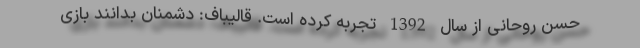
حسن روحانی از سال 1392 تجربه کرده است. قالیباف: دشمنان بدانند بازی